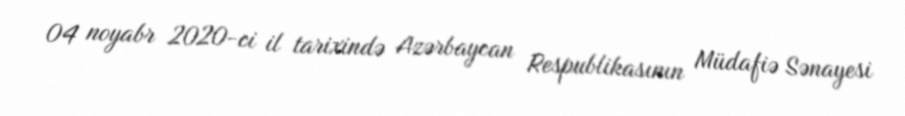
04 noyabr 2020-ci il tarixində Azərbaycan Respublikasının Müdafiə Sənayesi